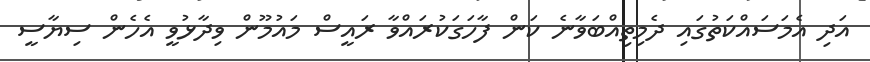
އަދި އެމަސައްކަތުގައި ދެމިތިއްބަވާނެ ކަން ފާހަަގަކުރައްވާ ރައީސް މައުމޫން ވިދާޅުވީ އެހެން ސިޔާސީ